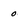
Character: 0